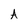
Character: A